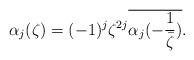
LaTeX: \begin{align*}\alpha_{j}(\zeta)=(-1)^{j}\zeta^{2j}\overline{\alpha_{j}(-\frac{1}{\bar{\zeta}})}.\end{align*}